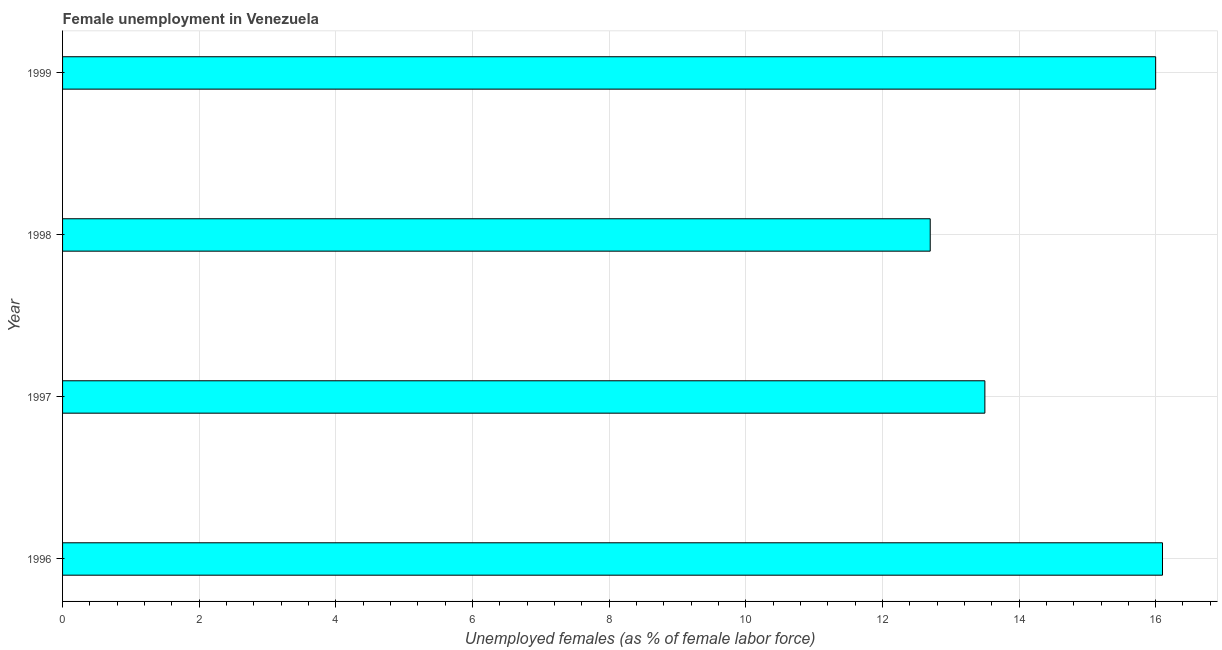
| Year | Unemployment |
 | --- | --- |
 | 1996 | 16.1 |
 | 1997 | 13.5 |
 | 1998 | 12.7 |
 | 1999 | 16 |